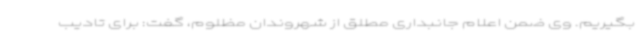
بگیریم. وی ضمن اعلام جانبداری مطلق از شهروندان مظلوم، گفت: برای تادیب